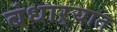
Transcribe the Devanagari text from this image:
बंधाऱ्यात